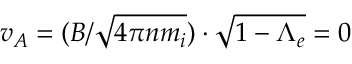
v _ { A } = ( B / \sqrt { 4 \pi n m _ { i } } ) \cdot \sqrt { 1 - \Lambda _ { e } } = 0